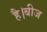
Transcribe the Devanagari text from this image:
है।बीज